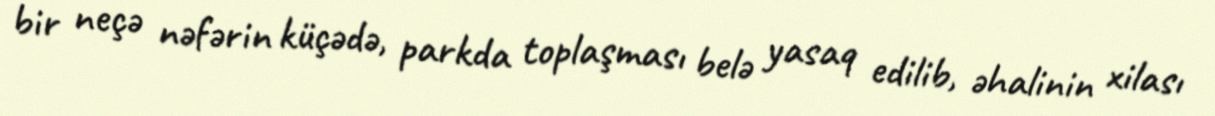
bir neçə nəfərin küçədə, parkda toplaşması belə yasaq edilib, əhalinin xilası